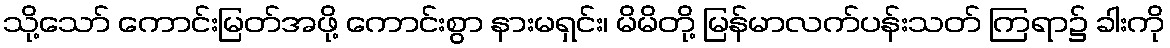
သို့သော် ကောင်းမြတ်အဖို့ ကောင်းစွာ နားမရှင်း၊ မိမိတို့ မြန်မာလက်ပန်းသတ် ကြရာ၌ ခါးကို